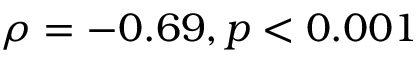
\rho = - 0 . 6 9 , p < 0 . 0 0 1